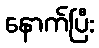
နောက်ပြီး